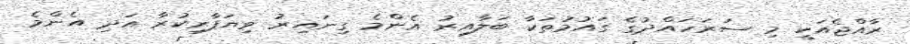
ރާއްޖެއަކީ މި ސަރަހައްދުގެ ގައުމުތަކާ ބަލާއިރު އެންމެ ގިނައިރު ވިޔަފާރިކުރާ އަދި އެންމެ